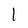
Character: 1